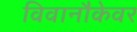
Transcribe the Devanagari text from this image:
विवानौकेवर